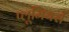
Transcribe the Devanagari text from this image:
प्लूमियर्स